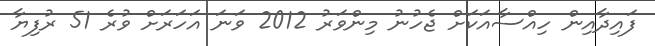
ފައިދާއިން ހިއްސާއަކަށް ޖެހުނު މިންވަރު 2012 ވަނަ އަހަރަށް ވުރެ 51 ރުފިޔާ